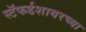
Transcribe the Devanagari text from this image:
स्टॅफर्डशायरच्या